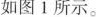
如图 1 所示。